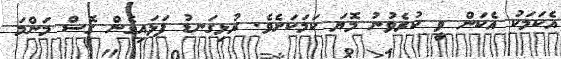
އެކަމަކު އެކަން ވީ ކުރެވުނު މޮޔަ ކަމަކަށެވެ. ރުޅިގަނޑު ފަޅައިގެން ގޮސް މަންމަ